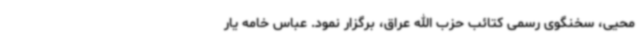
محیی، سخنگوی رسمی کتائب حزب الله عراق، برگزار نمود. عباس خامه یار